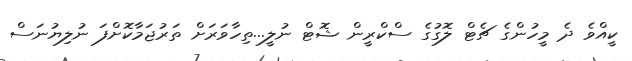
ކީއްވެ ދެ މީހުންގެ ޗެޓް ލޮގުގެ ސްކްރީން ޝޮޓް ނުލީ...ތިހާވަރަށް ތަރުޖަމާކޮށްފަ ނުލިޔުނަސް